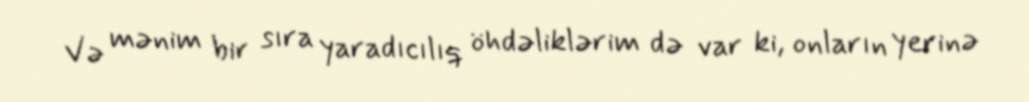
Və mənim bir sıra yaradıcılıq öhdəliklərim də var ki, onların yerinə